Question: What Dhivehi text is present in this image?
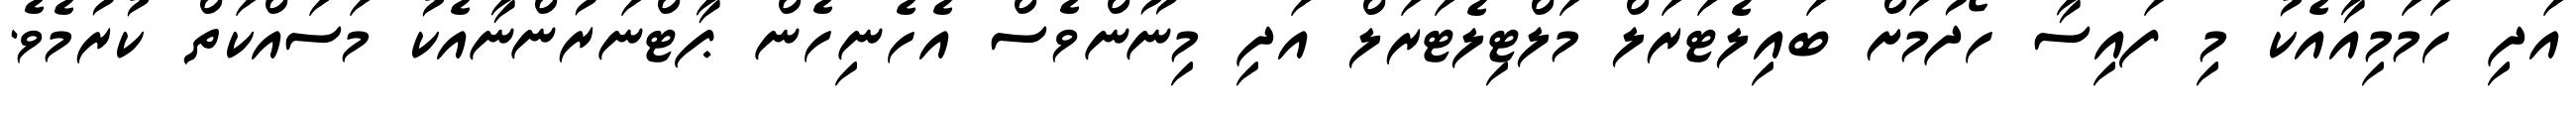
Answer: އަދި ހަމަމިއާއެކު މި ފައިސާ ހޯދުމަށް ބައިލެޓަރަލް މަލްޓިލެޓަރަލް އަދި މިނޫންވެސް އެހެނިހެން ޕާޓްނަރުންނާއެކު މަސައްކަތް ކުރުމެވެ.